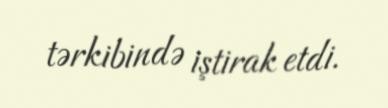
tərkibində iştirak etdi.